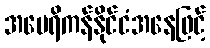
အမေရိကန်နိုင်ငံအနေဖြင့်